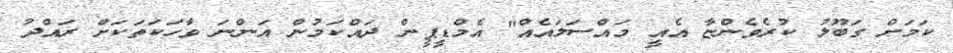
ކަމަށް ގަބޫލު ކުރެވެންޏާ އެއީ މައްސަލައެއް" އެމްޑީޕީން ދައްކަމުން އަންނަ ވާހަކަތަކަށް ރައްދު